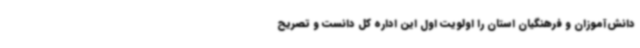
دانش‌آموزان و فرهنگیان استان را اولویت اول این اداره کل دانست و تصریح